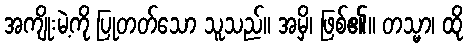
အကျိုးမဲ့ကို ပြုတတ်သော သူသည်။ အမှိ၊ ဖြစ်၏။ တသ္မာ၊ ထို